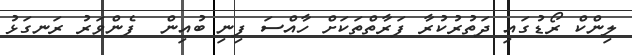
ލިންކް ރޯޑުގައި ދަތުރުކުރާ ފަރާތްތަކަށް ހާއްސަ ފިނި ބުއިން  ފެންވަރު ރަނގަޅު